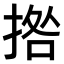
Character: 𭡗